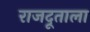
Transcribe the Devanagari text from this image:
राजदूताला